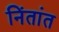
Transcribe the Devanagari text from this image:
निंतांत